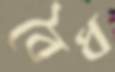
বৈধ